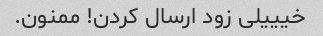
خیییلی زود ارسال کردن! ممنون.